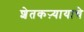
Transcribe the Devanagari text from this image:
शेतकऱ्यायाचे